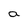
Character: a